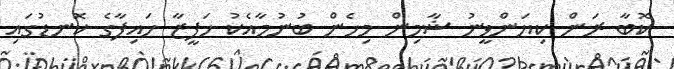
ކޮބާ ރަން ކިޔަންވީނު ޝާމިން މިހެން ބުނުމާއެކު ހަފީޒާ ހައިފާގެ ކޮނޑުގައި